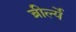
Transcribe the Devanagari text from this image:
ब्रीर्ल्ये